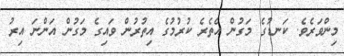
މިންވަރެވެ. ކަނޑުގެ މަގުން އެތެރެ ކުރުމުގެ އިތުރުން ވައިގެ މަގުން އަންނަ އިރު